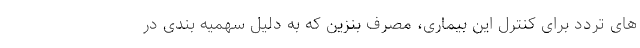
های تردد برای کنترل این بیماری، مصرف بنزین که به دلیل سهمیه بندی در